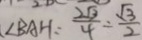
\angle B A H = \frac { 2 \sqrt { 3 } } { 4 } = \frac { \sqrt { 3 } } { 2 }